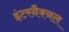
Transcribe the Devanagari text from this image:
इंटरनैक्नल